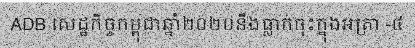
ADB សេដ្ឋកិច្ចកម្ពុជាឆ្នាំ២០២០នឹងធ្លាក់ចុះក្នុងអត្រា -៤